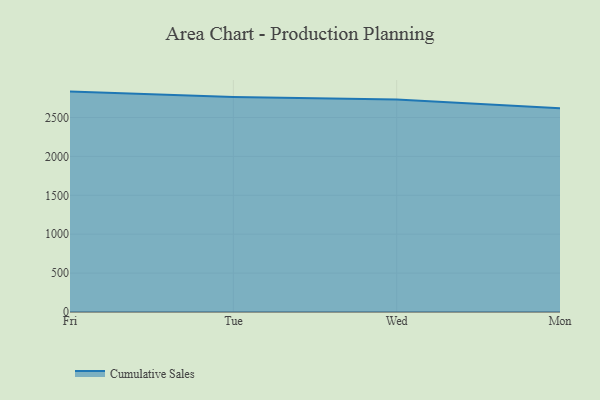
{"axis": {"x": "Day", "y": "Revenue (USD Million)"}, "legend": ["Cumulative Sales"], "data": [{"x": "Fri", "y": 2832.9, "type": "Cumulative Sales"}, {"x": "Tue", "y": 2763.9, "type": "Cumulative Sales"}, {"x": "Wed", "y": 2732.9, "type": "Cumulative Sales"}, {"x": "Mon", "y": 2617.3, "type": "Cumulative Sales"}]}